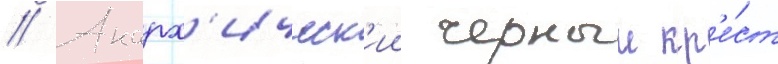
// Анарх'ическ'ии черныи кр'е́ст